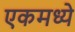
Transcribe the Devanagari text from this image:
एकमध्ये